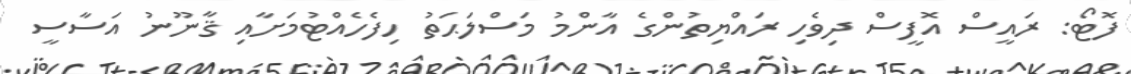
ފޮޓޯ: ރައީސް އޮފީސް ދިވެހި ރައްޔިތުންގެ އާންމު މަސްލަޙަތު ހިފެހެއްޓުމަށާއި ޤާނޫނު އަސާސީ